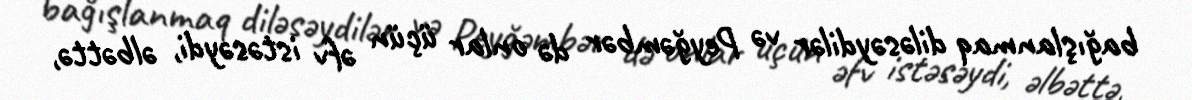
bağışlanmaq diləsəydilər və Peyğəmbər də onlar üçün əfv istəsəydi, əlbəttə,